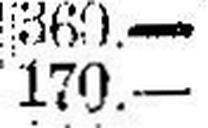
170.—